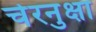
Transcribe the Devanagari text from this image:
चेरनुक्षा